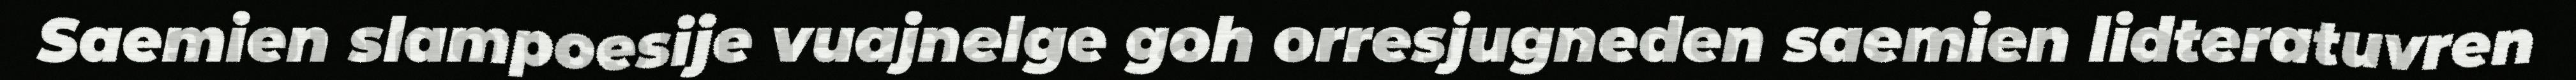
Saemien slampoesije vuajnelge goh orresjugneden saemien lidteratuvren